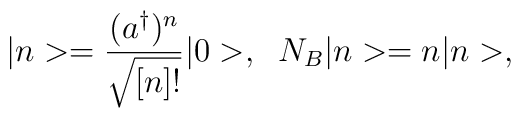
|n>=\frac{(a^{\dagger })^n}{\sqrt{[n]!}}|0>,\;\;N_B|n>=n|n>,